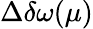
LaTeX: \Delta\delta\omega(\mu)